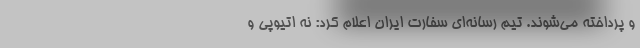
و پرداخته می‌شوند. تیم رسانه‌ای سفارت ایران اعلام کرد: نه اتیوپی و